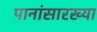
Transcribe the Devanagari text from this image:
पानांसारख्या